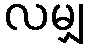
လမျှ